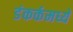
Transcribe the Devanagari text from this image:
डंकर्कमध्ये